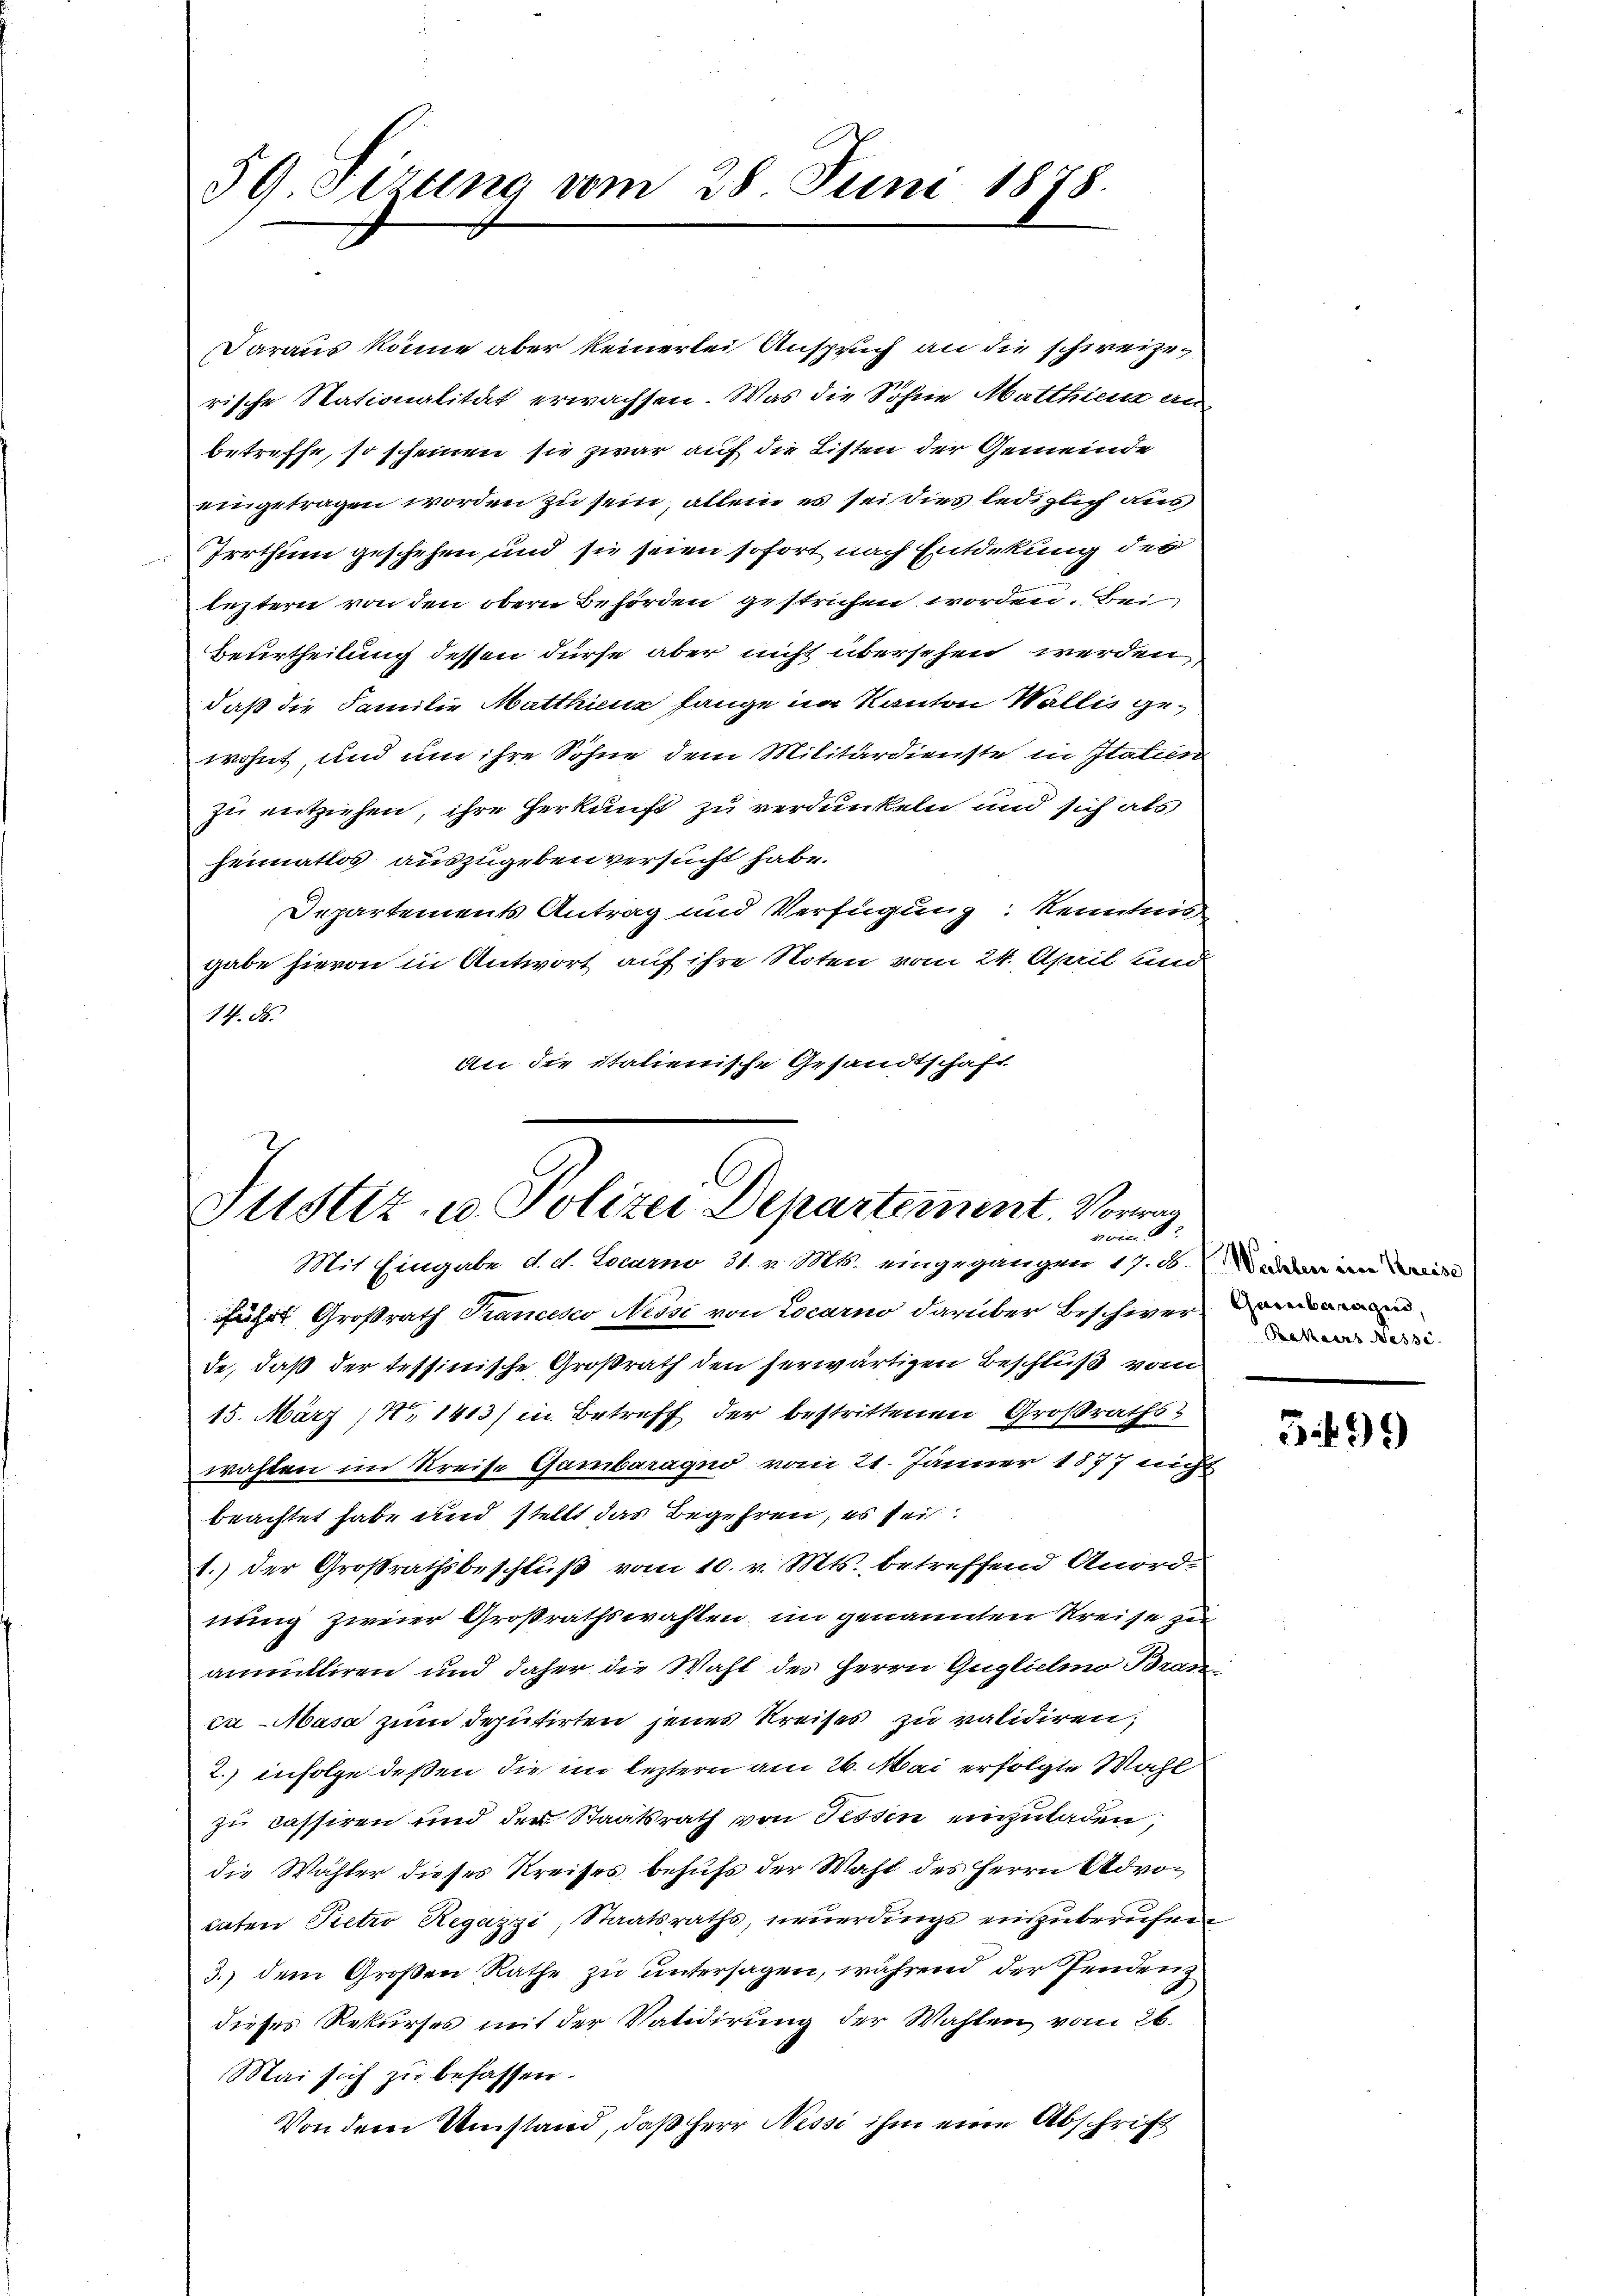
59 Sizung vom 28. Juni 1878.

Daraus könne aber keinerlei Anspruch an die schweizerische Stationalität erwachsen. Was die Söhne Matthiene an
betreffe, so scheinen sie zwar auf die Listen der Gemeinde
eingetragen worden zu sein, allein es sei dies lediglich aus
Irrthum geschehen und sie seien sofort nach Entdekung der
leztern von den obern Behörden gestrichen worden. Bei
Beurtheilung dessen dürfe aber nicht übersehen werden
daß die Familie Matthin fange im Kanton Wallis gewohnt, und um ihre Söhne dem Militärdienste in Italien
zu entziehen, ihre Herkunft zu verdunkeln und sich als
heimatlos auszugeben versucht habe.
Departements Antrag und Verfügung Kenntnis
gabe hievon in Antwort auf ihre Noten vom 24. April und
14. 85.
An die italienische Gesandtschaft

Justiz- u. Polizei Departement. Vorwan
vom 9.
Mit Eingabe d. d. Locarno, 31. v. Mts. eingegangen 17. d. der in ein

führt Großrath Trancesco Nessi von Locarno darüber Beschier and
de, daß der tessinische Großrath den herwärtigen Beschluß vom
15. März, No 1413) in Betreff der bestrittenen Großrathswahlen im Kreise Garbaragno vom 21. Jänner 1877 nicht
beachtet habe und stellt das Begehren, es sei.
1.) Der Großrathsbeschluß vom 10. v. Mts. betreffend Anord-
nung zweier Großrathswahlen, im genannten Kreise zu
anmittiren und daher die Wahl des Herrn Guglichno Bran
ca-Masa zum Deputirten jenes Kreises zu validiren;
2. infolge deßen die im leztern am 26. Mai erfolgte Wahl
zu cassiren und der Staatsrath von Tessin einzuladen,
die Wähler dieses Kreises behufs der Wahl des Herrn Advodaten Pieter Regazzi, Staatsraths, neuerdings einzuberufen
3.) dem Großen Rathe zu untersagen, während der Pendenz
dieses Rekurses mit der Vatidirung der Wahlen vom 26.
Mai sich zu befassen.
Von dem Umstand, daß Herr Nessi ihm eine Abschrift

Rekers Nessi

3499)